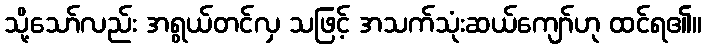
သို့သော်လည်း အရွယ်တင်လှ သဖြင့် အသက်သုံးဆယ်ကျော်ဟု ထင်ရ၏။